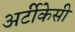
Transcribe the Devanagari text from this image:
अर्टीकेसी